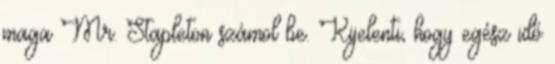
maga Mr. Stapleton számol be. Kijelenti, hogy egész idő